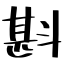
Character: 斟